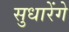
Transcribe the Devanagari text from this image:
सुधारेंगे